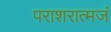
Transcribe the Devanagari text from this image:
पराशरात्मजं